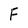
Character: F